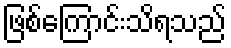
ဖြစ်ကြောင်းသိရသည်